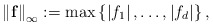
\begin{align*}\left\| \mathbf{f} \right\|_{\infty }:=\max {\left\{ \left| f_{1} \right|,\mathellipsis ,\left| f_{d} \right| \right\},}\end{align*}